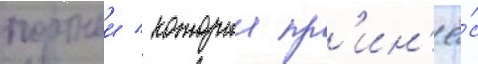
портнои / которыи пр'ин'ё́с